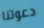
دعوتنا